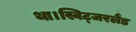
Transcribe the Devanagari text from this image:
था।स्विट्जरलैंड